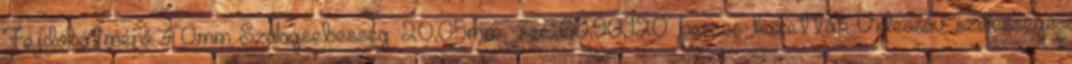
Fejdobátmérő: 40mm Szalagsebesség: 20,05mm sec 60,90,120 perces kazetták Videosáv szélessége: